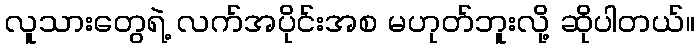
လူသားတွေရဲ့ လက်အပိုင်းအစ မဟုတ်ဘူးလို့ ဆိုပါတယ်။